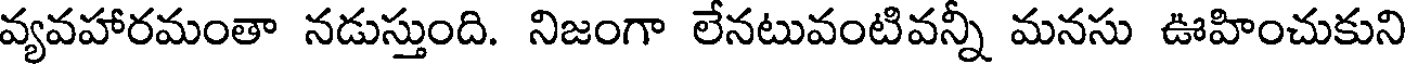
వ్యవహారమంతా నడుస్తుంది. నిజంగా లేనటువంటివన్నీ మనసు ఊహించుకుని